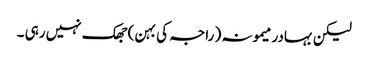
لیکن بہادر میمونہ ( راجہ کی بہن ) جھک نہیں رہی ۔